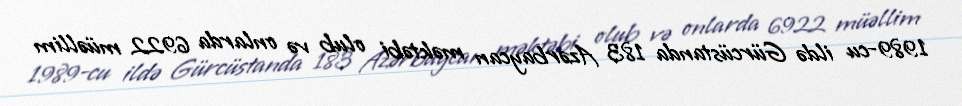
1989-cu ildə Gürcüstanda 183 Azərbaycan məktəbi olub və onlarda 6922 müəllim